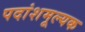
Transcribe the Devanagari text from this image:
पदांशमूल्यक